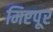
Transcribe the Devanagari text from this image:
मिरपूर